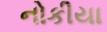
નોકીયા